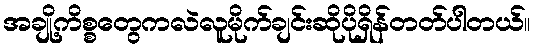
အချို့ကိစ္စတွေကလဲလူမိုက်ချင်းဆိုပိုရှိန်တတ်ပါတယ်။